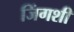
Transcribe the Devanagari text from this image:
जिंगशी